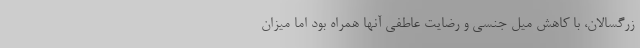
زرگسالان، با کاهش میل جنسی و رضایت عاطفی آنها همراه بود اما میزان